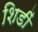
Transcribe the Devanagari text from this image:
शिडीं